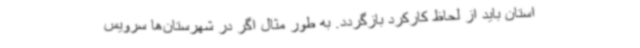
استان باید از لحاظ کارکرد بازگردد. به طور مثال اگر در شهرستان‌ها سرویس